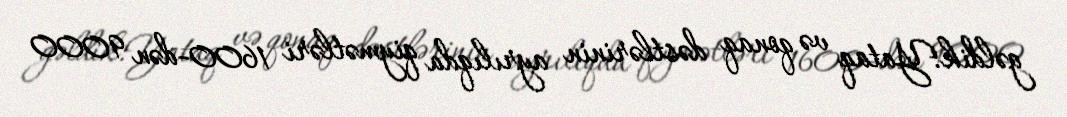
gəldik:Yataq və qonaq dəstlərinin ayrılıqda qiymətləri 1600-dən 9000